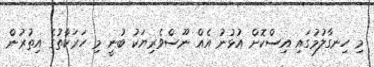
މި ހިނގާލުމުގައި އިސްކޮށް އުޅުނު އެއް ނޫސްވެރިޔަކު ބުނީ މި ހަރަކާތުގެ އިތުރުން